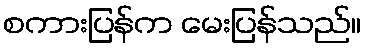
စကားပြန်က မေးပြန်သည်။